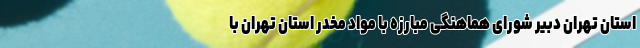
استان تهران دبیر شورای هماهنگی مبارزه با مواد مخدر استان تهران با